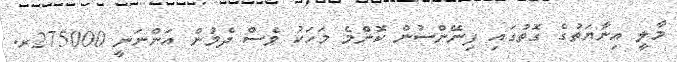
މާލީ އިނާޔަތުގެ ގޮތުގައި ފިނޭންސުން ކޮންމެ މަހަކު ވެސް ދެމުން އަންނަނީ 275000ރ.